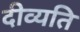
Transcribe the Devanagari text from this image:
दीव्यति